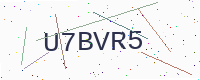
Text: U7BVR5